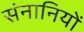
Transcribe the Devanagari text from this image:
संनानियों